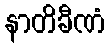
နာတိခီဏံ